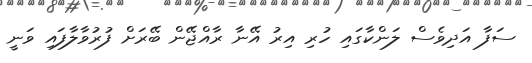
ސަފާ އަދިވެސް ލަންކާގައި ހުރި އިރު އޭނާ ރާއްޖޭން ބޭރަށް ފުރުވާލާފައި ވަނީ